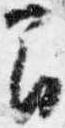
間